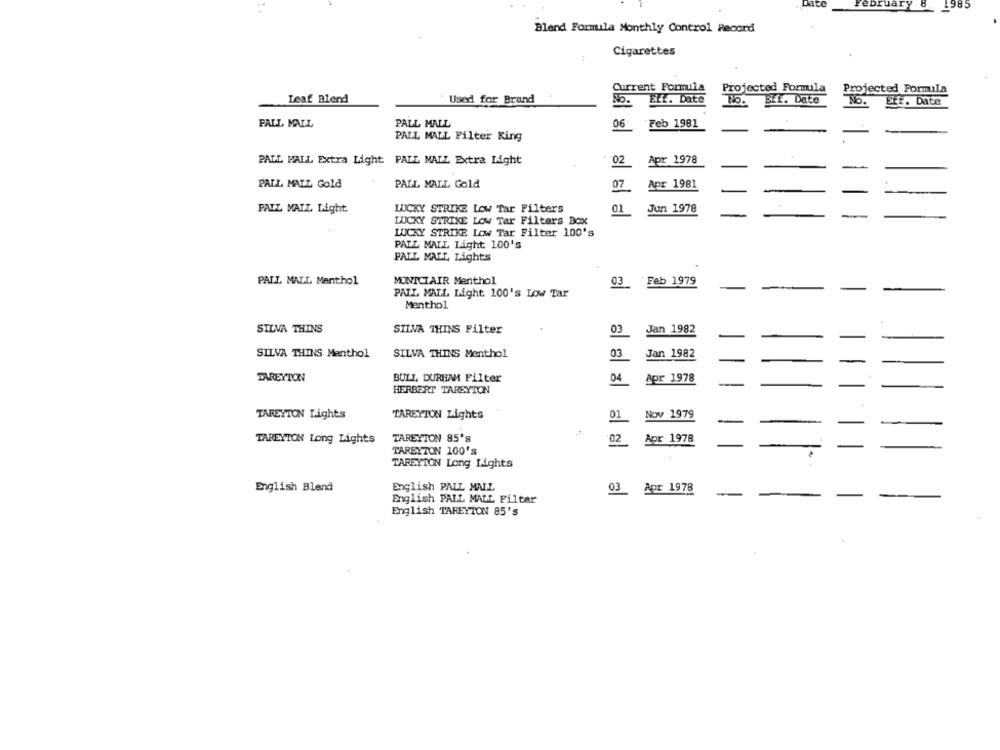
february 8.
1985
Blend Formula Monthly Control Record
Cigarettes
Current Formula
Projected Formula
Projected Formula
Leaf Blend
Ett. Date
Used for Brand
No.
To.
BEL. Date
No.
Ett. Date
PALL MALL
PALL MALL
06
"Feb 1981
PALL MALL Filter King
PALL MALL Extra Light PALL MALL Extra Light
02
Apr 1978
PALL MALL Gold
PALL MALL Gold
07
Apr 1981
PALL MALL Light
LUCKY STRIKE Low Tar Filters
01
Jun 1978
LUCKY STRIKE Low Tar Filters Box
LUCKY STRIKE Low Tar Filter 100's
PALL MALL Light 100's
PALL MALL, Lights
PALL MALL Menthol
MONICIAIR Menthol
03 Feb 1979
PALL MALL Light 100's Low Tar
Menthol
SILVA THINS
SILVA THINS Filter
03
Jan 1982
SILVA THINS Menthol
SILVA THING Menthol
03
Jan 1982
TAREYION
BULL DURHAM Filter
04
Apr 1978
HERBERT TAREYTON
TAREYTON Lights
TAREYTON Lights
01
Nov 1979
TAREYTON Long Lights
TAREYTON 85's
02
Apr 1978
TARBYZON 100'S
TAREYTON Long Lights
English Blend
English PALL MALL
93Apr 1978
English PALL MALL Filter
English TAREYTON 85's